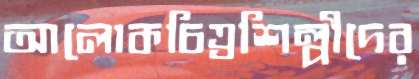
আলোকচিত্রশিল্পীদের